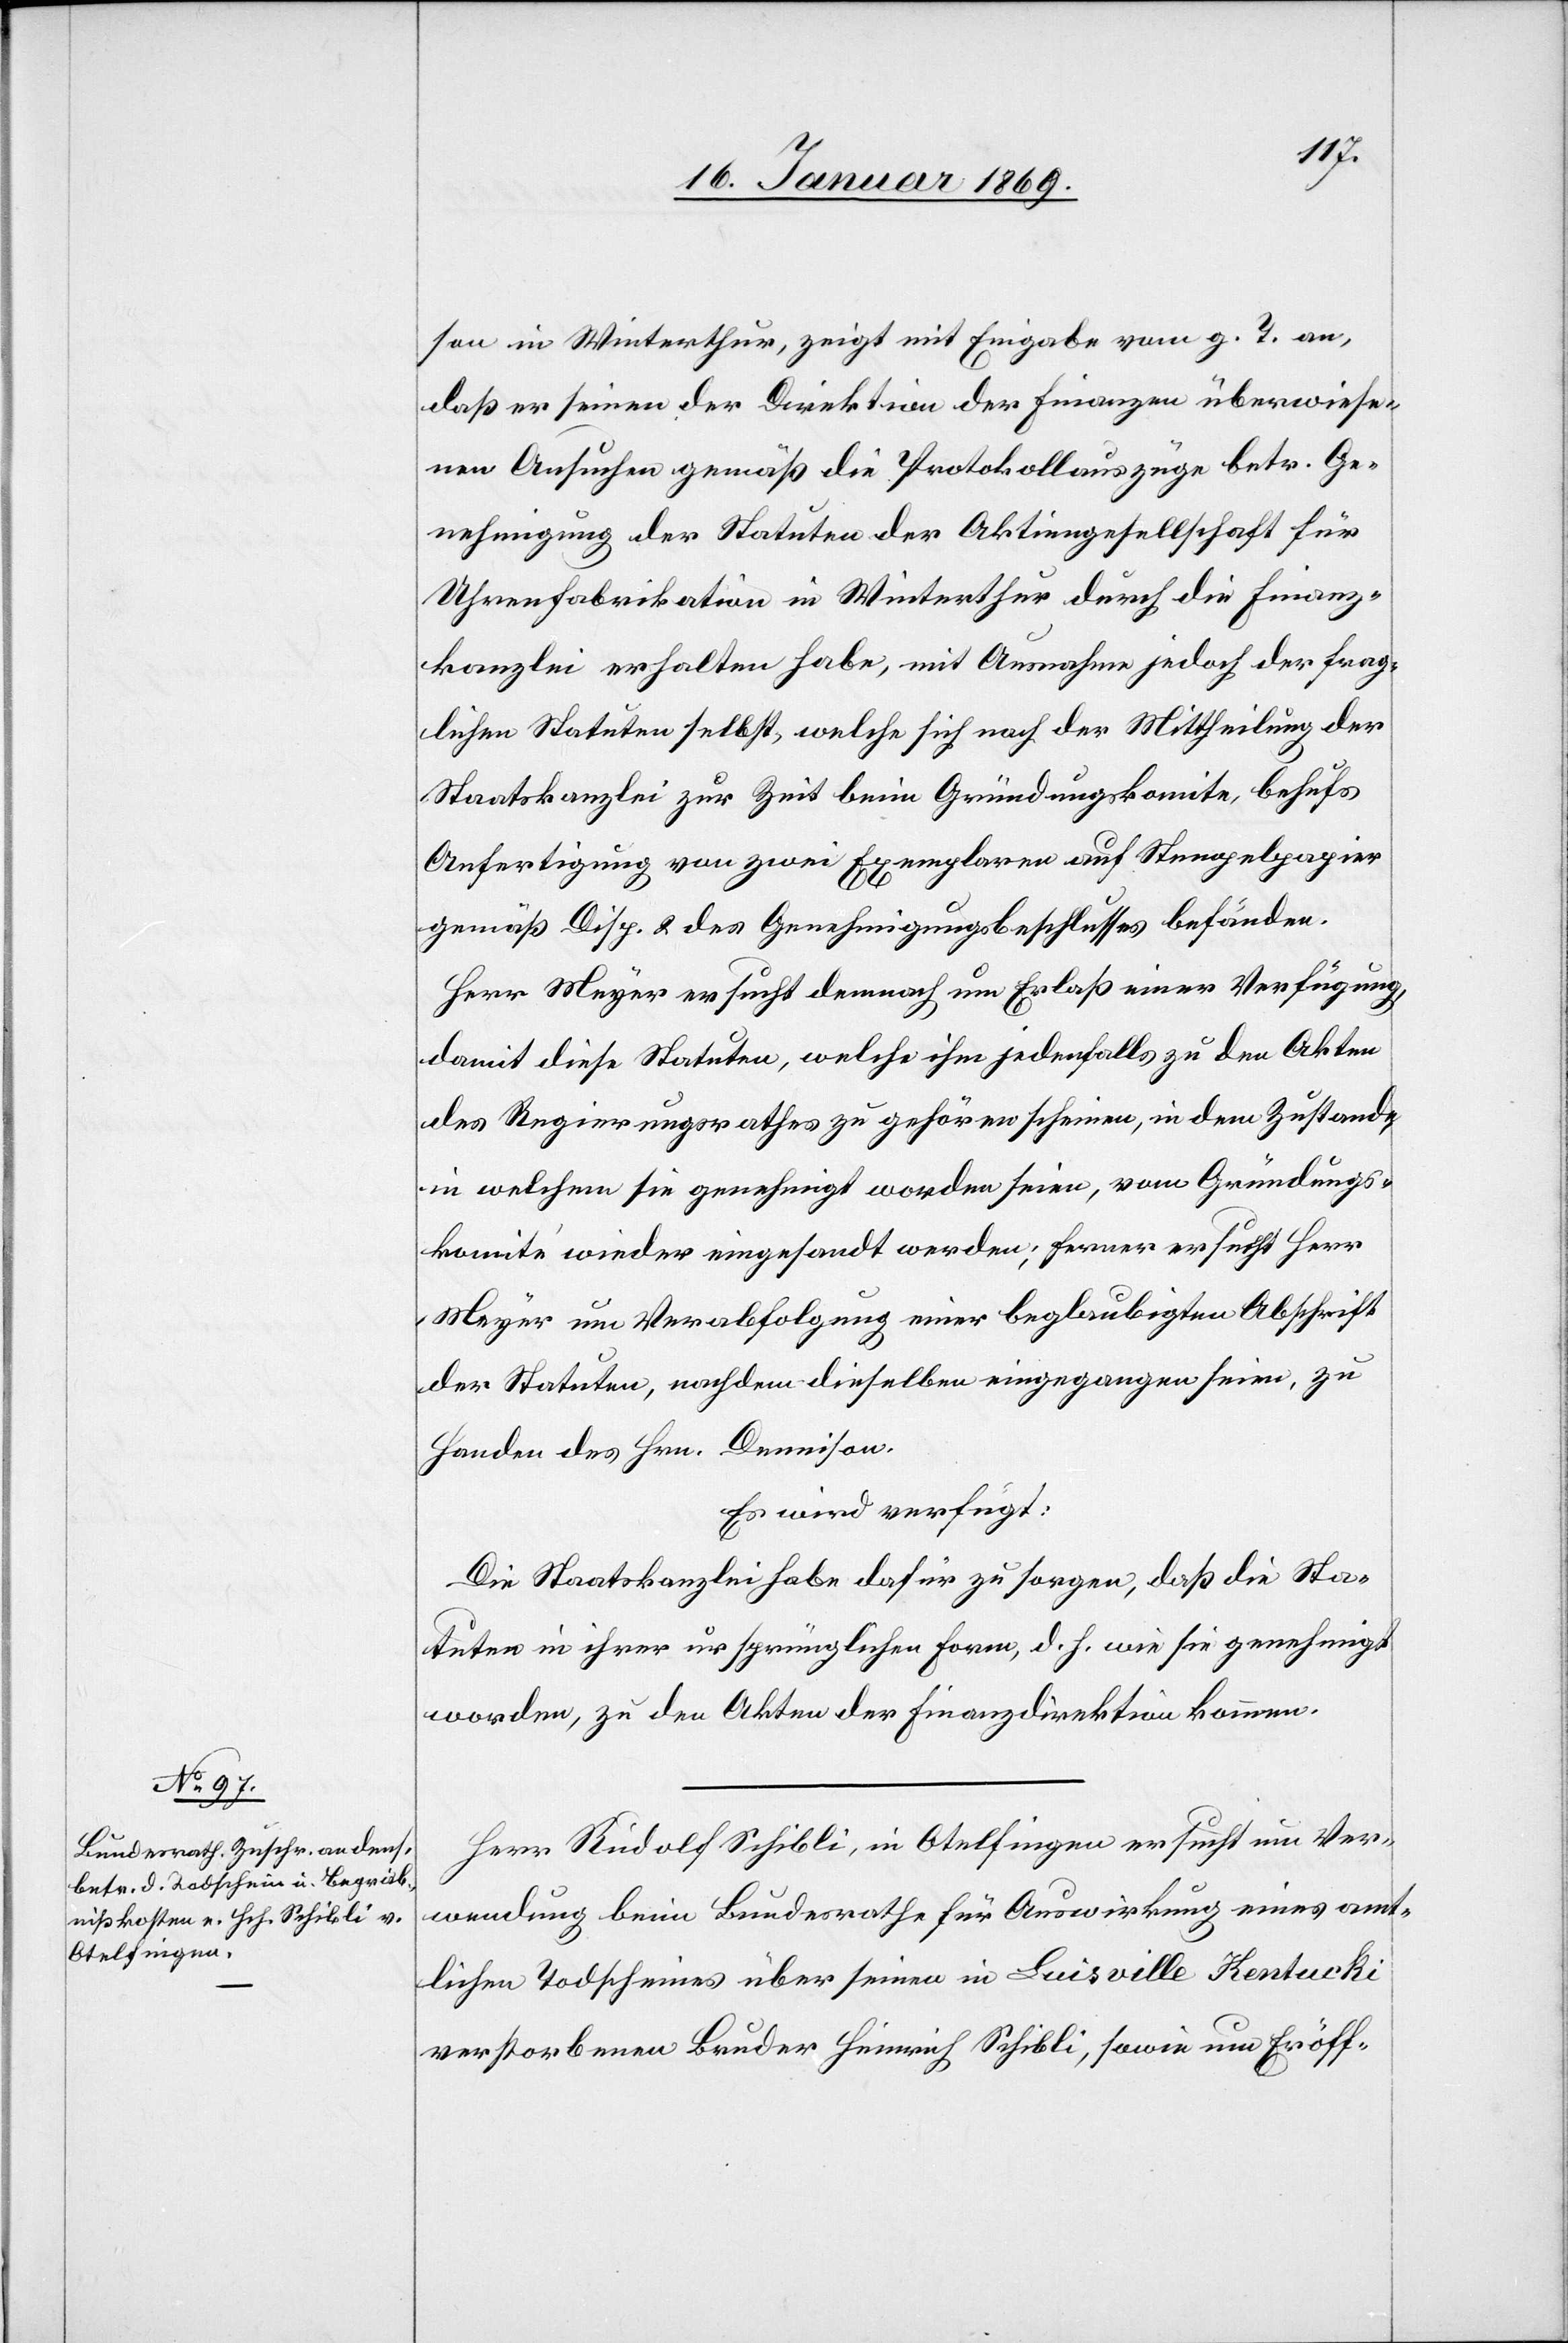
18. Januar 1869.]
son in Winterthur, zeigt mit Eingabe vom g. T. an,
daß er seinen der Direktion der Finanzen überwiese¬
nen Ansuchen gemäß die Protokollsauszüge betr. Ge¬
nehmigung der Statuten der Aktiengesellschaft für
Uhrenfabrikation in Winterthur durch die Finanz¬
kanzlei erhalten habe, mit Ausnahme jedoch der frag¬
lichen Statuten selbst, welche sich nach der Mittheilung der
Staatskanzlei zur Zeit beim Gründungskomite, behufs
Anfertigung von zwei Exemplaren auf Stempelpapier
gemäß Disp. 2 des Genehmigungsbeschlusses befänden.
Herr Meyer ersucht dennoch um Erlaß einer Verfügung,
damit diese Statuten, welche ihm jedenfalls zu den Akten
des Regierungsrathes zu gehören scheinen, in dem Zustande,
in welchem sie genehmigt worden seien, vom Gründungs¬
komité wieder eingesandt werden; ferner ersucht Herr
Meyer um Verabfolgung einer beglaubigten Abschrift
der Statuten, nachdem dieselben eingegangen seien, zu
Handen des Hrn. Demison.
Es wird verfügt:
Die Staatskanzlei habe dafür zu sorgen, daß die Sta¬
tuten in ihrer ursprünglichen Form, d. h. wie sie genehmigt
worden, zu den Akten der Finanzdirektion kommen.
Herr Rudolf Schibli, in Otelfingen ersucht um Ver¬
wendung beim Bundesrathe für Auswirkung eines amt¬
lichen Todscheines über seinen in Luisville Kentucki
verstorbenen Bruder Heinrich Schibli, sowie um Eröff-